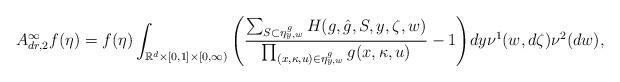
LaTeX: \begin{align*}A^{\infty}_{dr,2}f(\eta )=f(\eta )\int_{{\Bbb R}^d\times [0,1]\times [0,\infty )}\Bigg(\frac {\sum_{S\subset\eta^g_{y,w}}H(g,\hat {g},S,y,\zeta ,w)}{\prod_{(x,\kappa ,u)\in\eta^g_{y,w}}g(x,\kappa ,u)}-1\Bigg)dy\nu^1(w,d\zeta )\nu^2(dw),\end{align*}